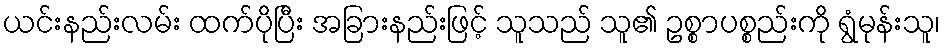
ယင်းနည်းလမ်း ထက်ပိုပြီး အခြားနည်းဖြင့် သူသည် သူ၏ ဥစ္စာပစ္စည်းကို ရွံမုန်းသူ၊